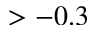
> - 0 . 3